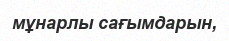
мұнарлы сағымдарын,